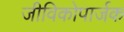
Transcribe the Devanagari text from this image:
जीविकोपार्जक